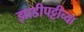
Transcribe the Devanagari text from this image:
झाडीपट्टीच्या